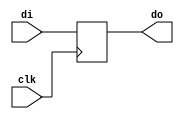
`timescale 1ns / 1ps
//////////////////////////////////////////////////////////////////////////////////
// Company: 
// Engineer: 
// 
// Design Name: 
// Module Name: regn
// Project Name: 
// Target Devices: 
// Tool Versions: 
// Description: 
// 
// Dependencies: 
// 
// Revision:
// Revision 0.01 - File Created
// Additional Comments:
// 
//////////////////////////////////////////////////////////////////////////////////


module regn_npl#(parameter n=32)(input clk,input [n-1:0] di,output reg [n-1:0] do=0);

always@(posedge clk)
begin
do=di;
end
endmodule